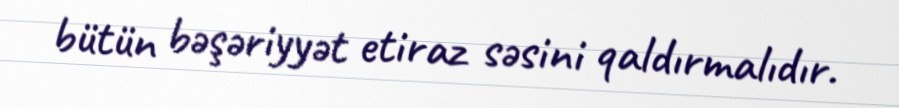
bütün bəşəriyyət etiraz səsini qaldırmalıdır.